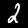
Digit: 2